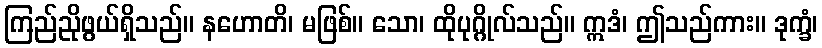
ကြည်ညိုဖွယ်ရှိသည်။ နဟောတိ၊ မဖြစ်။ သော၊ ထိုပုဂ္ဂိုလ်သည်။ ဣဒံ၊ ဤသည်ကား။ ဒုက္ခံ၊